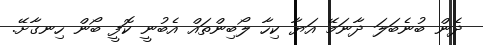
ދެން ބުނެބަލަ ދާނަމޭ އަޔާ ކިހާ ލޯބިންތައް އެބުނީ ކޮފީ ބޯން ހިނގާށޭ.